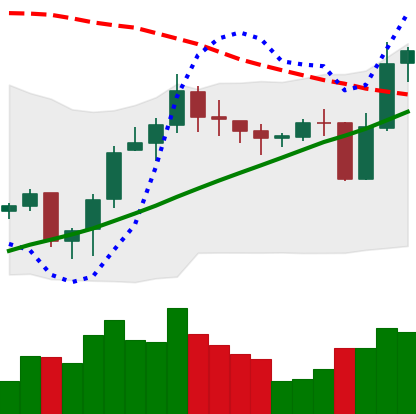
Ticker: LINK-USD
Chart end date: 2020-10-23
Forward return: -5.772%
Label: down_5_7